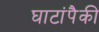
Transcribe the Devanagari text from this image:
घाटांपैकी